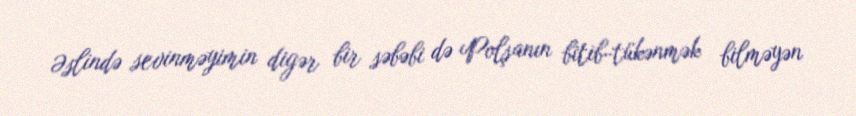
Əslində sevinməyimin digər bir səbəbi də Polşanın bitib-tükənmək bilməyən